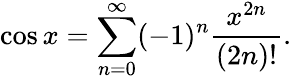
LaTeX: \cos x=\sum_{n=0}^{\infty}(-1)^{n}{\frac{x^{2n}}{(2n)!}}.